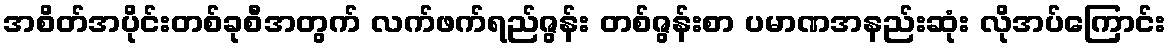
အစိတ်အပိုင်းတစ်ခုစီအတွက် လက်ဖက်ရည်ဇွန်း တစ်ဇွန်းစာ ပမာဏအနည်းဆုံး လိုအပ်ကြောင်း